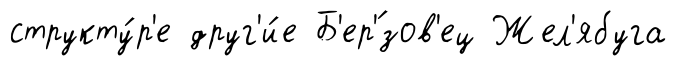
структу́р'е друг'и́е Б'ер'́зов'ец Жел'ябуга